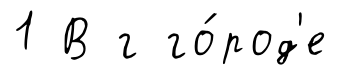
1 В г го́род'е